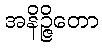
အနိဉ္ဇိတော